Vaccination in Bombay 1863-1868 - 1863-1868
Year: 1863
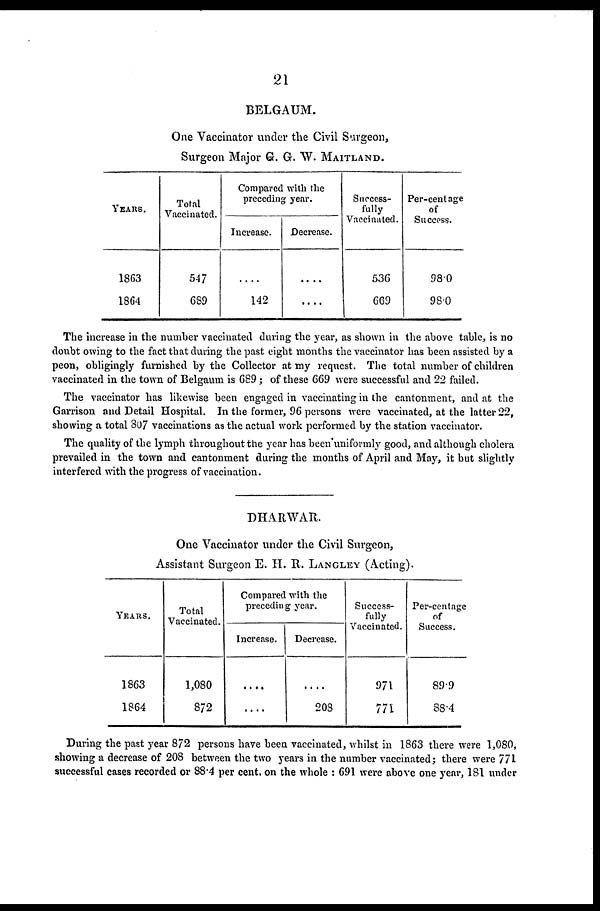
21
BELGAUM.
One Vaccinator under the Civil Surgeon,
Surgeon Major G. G. W. MAITLAND.
YEARS.
1863
1864
Total
Vaccinated.
547
689
Compared with the
preceding year.
Increase.
....
142
Decrease.
....
....
Success-
fully
Vaccinated.
536
669
Per-centage
of
Success.
98.0
98.0
The increase in the number vaccinated during the year, as shown in the above table, is no
doubt owing to the fact that during the past eight months the vaccinator has been assisted by a
peon, obligingly furnished by the Collector at my request. The total number of children
vaccinated in the town of Belgaum is 689 ; of these 669 were successful and 22 failed.
The vaccinator has likewise been engaged in vaccinating in the cantonment, and at the
Garrison and Detail Hospital. In the former, 96 persons were vaccinated, at the latter 22,
showing a total 307 vaccinations as the actual work performed by the station vaccinator.
The quality of the lymph throughout the year has been uniformly good, and although cholera
prevailed in the town and cantonment during the months of April and May, it but slightly
interfered with the progress of vaccination.
DHARWAR.
One Vaccinator under the Civil Surgeon,
Assistant Surgeon E. H. R. LANGLEY (Acting).
YEARS.
1863
1864
Total
Vaccinated.
1,080
872
Compared with the
preceding year.
Increase.
....
....
Decrease.
....
208
Success-
fully
Vaccinated.
971
771
Per-centage
of
Success.
89.9
88.4
During the past year 872 persons have been vaccinated, whilst in 1863 there were 1,080,
showing a decrease of 208 between the two years in the number vaccinated; there were 771
successful cases recorded or 88.4 per cent. on the whole : 691 were above one year, 181 under